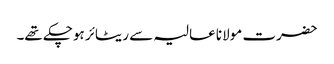
حضرت مولانا عالیہ سے ریٹائر ہوچکے تھے۔